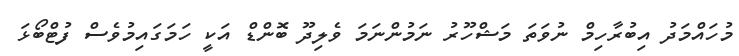
މުހައްމަދު އިބުރާހިމް ނުވަތަ މަޝްހޫރު ނަމުންނަމަ ވެލިދޫ ބޮންޑް އަކީ ހަމަގައިމުވެސް ފުޓްބޯޅަ